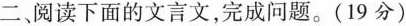
二、阅读下面的文言文，完成问题。(19分)